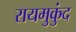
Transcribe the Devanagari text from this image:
रायमुकुंद